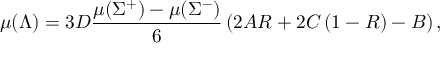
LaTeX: \mu ( \Lambda ) = 3 D \frac { \mu ( \Sigma ^ { + } ) - \mu ( \Sigma ^ { - } ) } { 6 } \left( 2 A R + 2 C \left( 1 - R \right) - B \right) ,